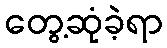
တွေ့ဆုံခဲ့ရာ